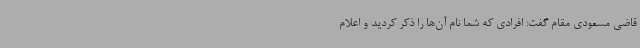
قاضی مسعودی مقام گفت: افرادی که شما نام آن‌ها را ذکر کردید و اعلام